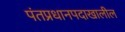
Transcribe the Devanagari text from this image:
पंतप्रधानपदाखालील